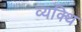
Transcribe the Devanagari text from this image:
व्यक्थि